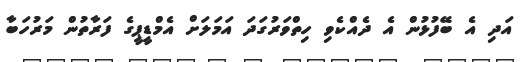
އަދި އެ ބޭފުޅުން އެ ދެއްކެވި ހިތްވަރުގަދަ އަމަލަށް އެމްޑީޕީގެ ފަރާތުން މަރުހަބާ